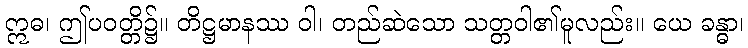
ဣဓ၊ ဤပဝတ္တိ၌။ တိဋ္ဌမာနဿ ဝါ၊ တည်ဆဲသော သတ္တဝါ၏မူလည်း။ ယေ ခန္ဓာ၊